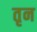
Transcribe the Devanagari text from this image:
तृन